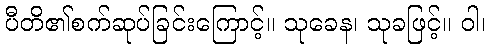
ပီတိ၏စက်ဆုပ်ခြင်းကြောင့်။ သုခေန၊ သုခဖြင့်။ ဝါ၊